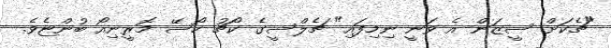
"ޗެކަށް ސީޒަން އެ ވަނީ ނިމިފައި" ޗެލްސީގެ ކޯޗު ހޯސޭ މޮރީނިއޯ ބުންޏެވެ.